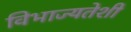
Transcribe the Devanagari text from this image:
विभाज्यतेशी